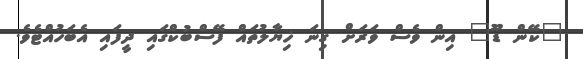
"ކޭން ޑޫ" އިން ވެސް ވަރަށް ގިނަ ޚިޔާލުތައް ފޭސްބުކްގައި ދީފައި އެބަހުއްޓެވެ.